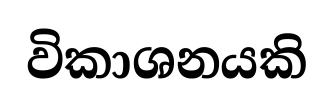
විකාශනයකි